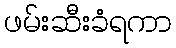
ဖမ်းဆီးခံရကာ